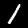
Label: 1